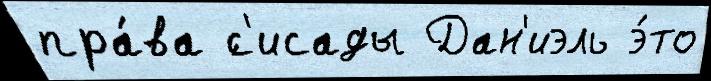
пра́ва ́с'исады Дан'иэль э́то